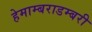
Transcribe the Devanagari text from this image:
हेमाम्बराडम्बरी